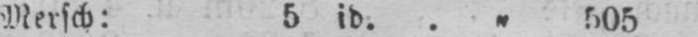
Mersch: 5 id. .„ 505